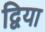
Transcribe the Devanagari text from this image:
द्विया